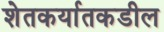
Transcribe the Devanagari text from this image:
शेतकर्यातकडील